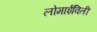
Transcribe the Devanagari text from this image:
लोमाईविती